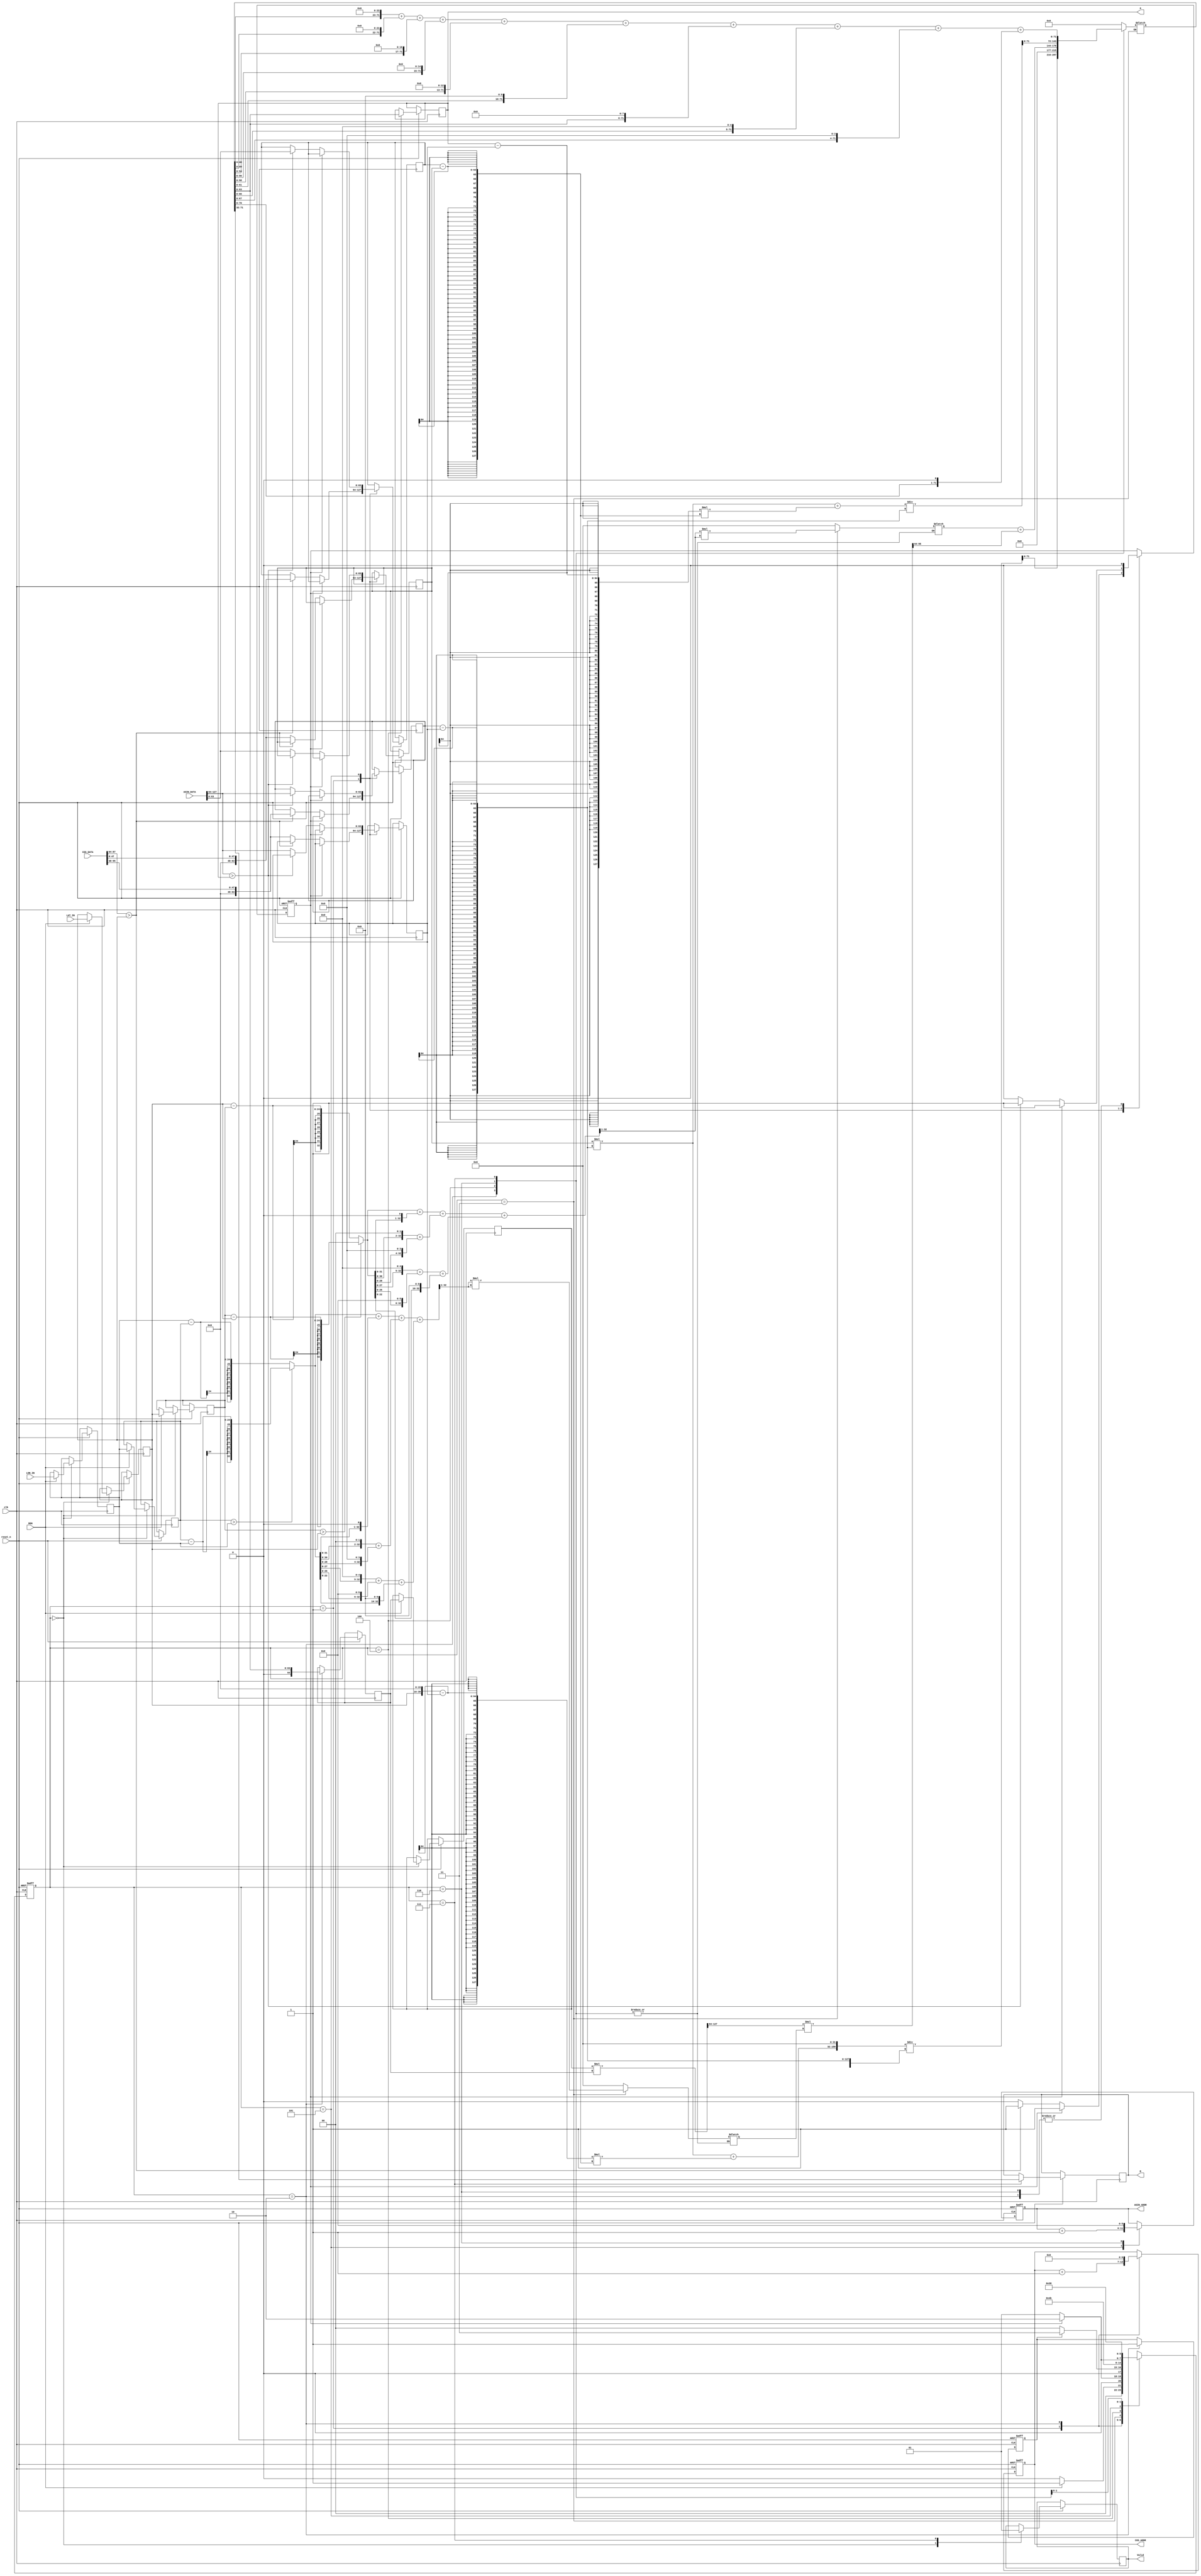
`timescale 1ns/10ps
module GPSDC(clk, reset_n, DEN, LON_IN, LAT_IN, COS_ADDR, COS_DATA, ASIN_ADDR, ASIN_DATA, Valid, a, D);
input              clk;
input              reset_n;
input              DEN;
input      [23:0]  LON_IN;
input      [23:0]  LAT_IN;
input      [95:0]  COS_DATA;
output  reg   [6:0]   COS_ADDR;
input      [127:0] ASIN_DATA;
output  reg   [5:0]   ASIN_ADDR;
output  reg           Valid = 0;
output  reg   [39:0]  D;
output  reg   [63:0]  a;

reg [2:0] curr_state, next_state;
reg [23:0] lat_a, lon_a, lat_b, lon_b;

/* sin & cos ignore integer part, because a don't care about integer part */

/* 
    (8-bit, 16-bit) * (0-bit, 16-bit) => (8-bit, 32-bit)
    (0-bit, 32-bit) * (0-bit, 32-bit) => (0-bit, 64-bit)
 */
reg [63:0] sin_lat, sin_lon;  

/* 
    (16-bit, 32-bit) * (16-bit, 32-bit) => (32-bit, 64-bit)
    (32-bit, 64-bit) / (16-bit, 32-bit) => (64-bit, 64-bit) / (48-bit, 0-bit) 
 */ 
reg [64:0] cos_a, cos_b; 
reg [63:0] x0, y0, x1, y1;
reg [127:0] reg_128;
reg has_two_point, found_flag;
 
//parameter rad = 16'h477;
//parameter R = 24'd12756274;

parameter LOAD = 3'd0;
parameter FIND_COS = 3'd1;
parameter GET_COS = 3'd2;
parameter GET_SIN = 3'd3;
parameter GET_A = 3'd4;
parameter FIND_ASIN = 3'd5;
parameter GET_ASIN = 3'd6;
parameter GET_D = 3'd7;

always @(posedge clk, negedge reset_n) begin
    if(!reset_n) begin      
        COS_ADDR <= 0;
        ASIN_ADDR <= 0;

        has_two_point <= 0;
        found_flag <= 0;

        curr_state <= LOAD;
    end
    else begin
        curr_state <= next_state;
        case(curr_state)
            LOAD: begin
                Valid <= 0;
                if(DEN) begin                    
                    lat_a <= lat_b;
                    lon_a <= lon_b;
                    lat_b <= LAT_IN;
                    lon_b <= LON_IN; 
                    
                    cos_a <= cos_b;
                end
            end
            FIND_COS: begin
                if(!found_flag) begin
                    if(COS_DATA[87:64] > lat_b) begin
                        found_flag <= 1;

                        x1 <= COS_DATA[95:48];
                        y1 <= COS_DATA[47:0];
                    end
                    else begin
                        x0 <= COS_DATA[95:48];
                        y0 <= COS_DATA[47:0];
                    end
                end
                COS_ADDR <= COS_ADDR + 1;
            end
            GET_COS: begin
                COS_ADDR <= 0;
                found_flag <= 0;
                cos_b <= reg_128[63:0];
                has_two_point <= 1;
            end
            GET_A: begin
                a <= reg_128[63:0];
            end
            FIND_ASIN: begin
                 if(!found_flag) begin
                    if(ASIN_DATA[127:64] > a) begin
                        found_flag <= 1;

                        x1 <= ASIN_DATA[127:64];
                        y1 <= ASIN_DATA[63:0];
                    end
                    else begin
                        x0 <= ASIN_DATA[127:64];
                        y0 <= ASIN_DATA[63:0];
                    end
                end
                ASIN_ADDR <= ASIN_ADDR + 1;
            end
            GET_ASIN: begin
                ASIN_ADDR <= 0;
                found_flag <= 0;
            end
            GET_D: begin
                Valid <= 1;
                D <= reg_128[71:32];
            end
        endcase
    end
end

always @(*) begin
    case (curr_state)
        LOAD: begin
            next_state = (DEN) ? FIND_COS : LOAD;   
        end   
        FIND_COS: begin
            next_state = (found_flag) ? GET_COS : FIND_COS;
        end
        GET_COS: begin
            next_state = (has_two_point) ? GET_SIN : LOAD;
        end
        GET_SIN: begin
            next_state = GET_A;
        end
        GET_A: begin
            next_state = FIND_ASIN;
        end
        FIND_ASIN: begin
            next_state = (found_flag) ? GET_ASIN : FIND_ASIN;
        end
        GET_ASIN: begin
            next_state = GET_D;
        end
        GET_D: begin
            next_state = LOAD;
        end
    endcase
end

always @(curr_state) begin
    case(curr_state) 
        GET_COS: begin
            reg_128 = (y0 * (x1 - x0) + ({lat_b, 16'd0} - x0) * (y1 - y0));
            reg_128 = {reg_128, 32'd0} / (x1 - x0);     
        end
        GET_SIN: begin
            sin_lat = (lat_a > lat_b) ? (lat_a - lat_b) : (lat_b - lat_a);
            sin_lat = ((sin_lat + (sin_lat << 1)) + ((sin_lat << 2) + (sin_lat << 4))) + (((sin_lat << 5) + (sin_lat << 6)) + (sin_lat << 10));
            sin_lat = sin_lat >> 1;
            sin_lat = sin_lat[31:0] * sin_lat[31:0];

            sin_lon = (lon_a > lon_b) ? (lon_a - lon_b) : (lon_b - lon_a);
            sin_lon = ((sin_lon + (sin_lon << 1)) + ((sin_lon << 2) + (sin_lon << 4))) + (((sin_lon << 5) + (sin_lon << 6)) + (sin_lon << 10));
            sin_lon = sin_lon >> 1;
            sin_lon = sin_lon[31:0] * sin_lon[31:0];
        end
        GET_A: begin
            reg_128 = cos_a * cos_b;
            reg_128 = reg_128[127:64] * sin_lon[31:0];
            reg_128 = sin_lat[31:0] + reg_128[127:64];
        end
        GET_ASIN: begin
            reg_128 = y0 * (x1 - x0) + (a - x0) * (y1 - y0);
            reg_128 = reg_128 / (x1 - x0);
        end
        GET_D: begin
            reg_128 = (reg_128 << 23) + (reg_128 << 22) + (reg_128 << 17) + (reg_128 << 15) + (reg_128 << 13) + (reg_128 << 10) + (reg_128 << 8) + (reg_128 << 5) + (reg_128 << 4) + (reg_128 << 1);
        end
        default: begin
            reg_128 = 0;
            sin_lat = 0;
            sin_lon = 0;
        end
    endcase
end



endmodule